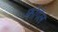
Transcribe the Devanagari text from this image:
फोगेल